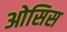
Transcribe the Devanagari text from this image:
ओसिस